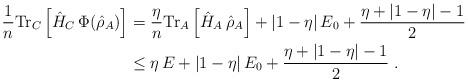
LaTeX: \begin{align*}\frac{1}{n}\mathrm{Tr}_C\left[\hat{H}_C\,\Phi(\hat{\rho}_A)\right] &= \frac{\eta}{n}\mathrm{Tr}_A\left[\hat{H}_A\,\hat{\rho}_A\right] + |1-\eta|\,E_0 + \frac{\eta+|1-\eta|-1}{2}\\&\le \eta\,E + |1-\eta|\,E_0 + \frac{\eta+|1-\eta|-1}{2}\;.\end{align*}